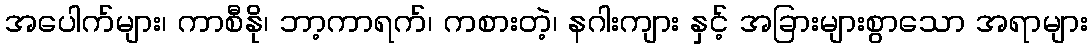
အပေါက်များ၊ ကာစီနို၊ ဘာ့ကာရက်၊ ကစားတဲ့၊ နဂါးကျား နှင့် အခြားများစွာသော အရာများ